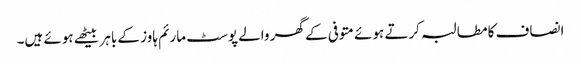
انصاف کا مطالبہ کرتے ہوئے متوفی کے گھر والے پوسٹ مارئم ہاوز کے باہر بیٹھے ہوئے ہیں۔